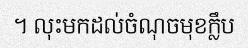
។ លុះមកដល់ចំណុចមុខក្លឹប